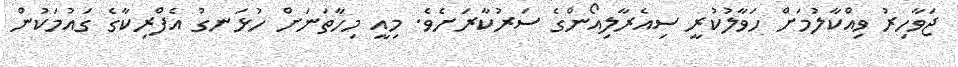
ޖަވާހިރު ވިއްކާލުމަށް ހަވާލުކުރީ ސިއެރާލިއޯންގެ ސަރުކާރަށެވެ. މިއީ މިހާތަނަށް ހުޅަނގު އެފްރިކާގެ ގައުމަކުން